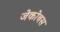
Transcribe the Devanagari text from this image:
जेकोबस